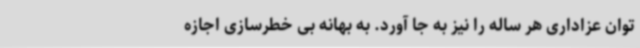
توان عزاداری هر ساله را نیز به جا آورد. به بهانه بی خطرسازی اجازه